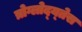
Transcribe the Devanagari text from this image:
त्रोग्लोद्य्तेस